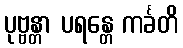
ပုဗ္ဗန္တာ ပရန္တေ ကင်္ခတိ